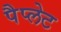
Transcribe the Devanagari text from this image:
पैप्लेट